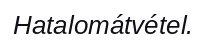
Hatalomátvétel.